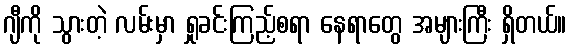
ဂျီကို သွားတဲ့ လမ်းမှာ ရှုခင်းကြည့်စရာ နေရာတွေ အများကြီး ရှိတယ်။